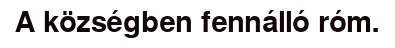
A községben fennálló róm.